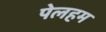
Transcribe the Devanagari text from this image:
पेलहम